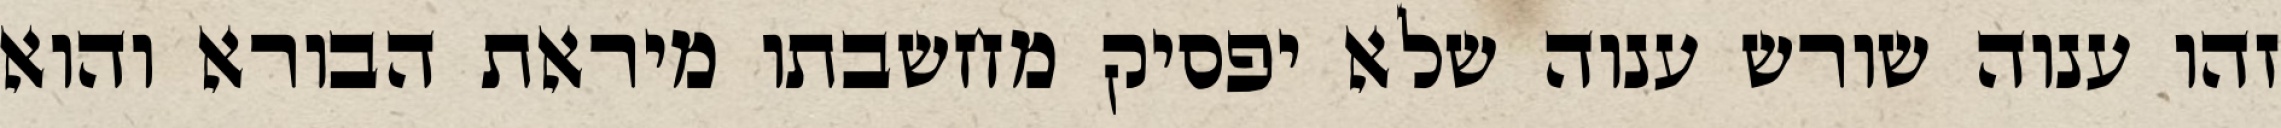
זהו ענוה שורש ענוה שלא יפסיק מחשבתו מיראת הבורא והוא